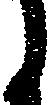
う